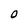
Character: 0